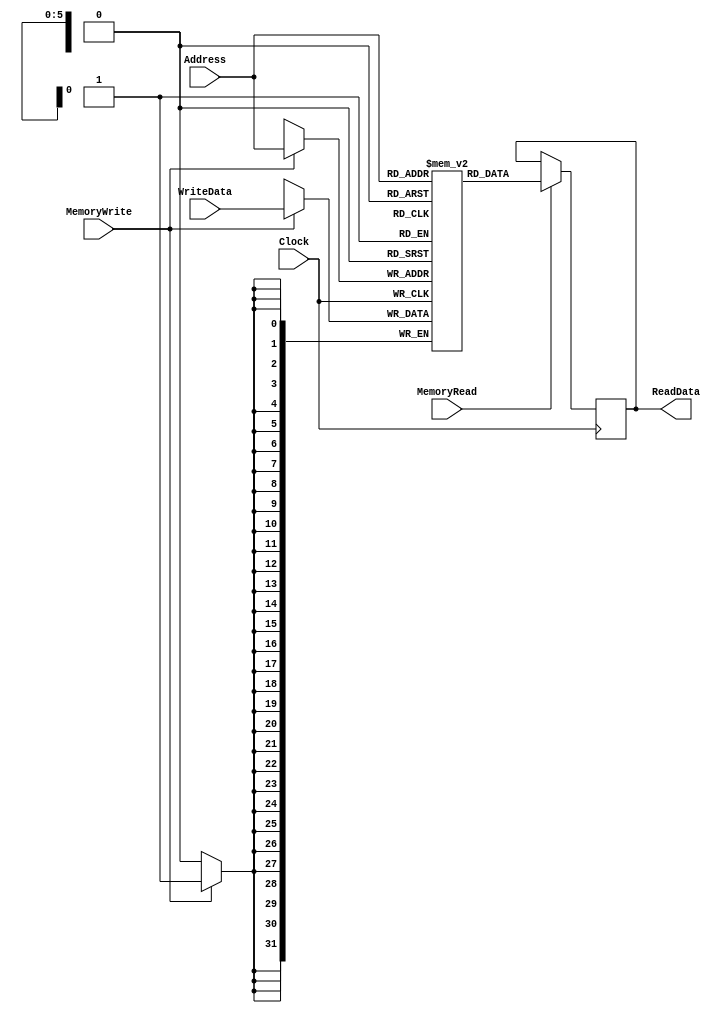
`timescale 1ns / 1ps

module DataMemory
    #(parameter DATA_WIDTH = 32, parameter DEPTH = 64, parameter ADDRESS_WIDTH = 6)
    (
    ReadData,
    Address,
    WriteData,
    MemoryRead,
    MemoryWrite,
    Clock
    );
    input [ADDRESS_WIDTH-1:0] Address;
    input [DATA_WIDTH-1:0] WriteData;
    input MemoryRead;
    input MemoryWrite;
    input Clock;
    output reg [DATA_WIDTH-1:0] ReadData;
    
    // Create the memory array
    reg [DATA_WIDTH-1:0] mem [DEPTH-1:0];
    
    always @(posedge Clock) begin
      if(MemoryRead == 1'b1) begin
        ReadData <= mem[Address];
      end
    end
    always @(negedge Clock) begin
      if(MemoryWrite == 1'b1) begin
        mem[Address] <= WriteData;
       end
    end
    
    
endmodule